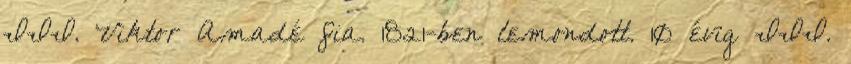
III. Viktor Amadé fia. 1821-ben lemondott. 10 évig III.